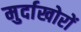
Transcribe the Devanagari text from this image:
मुर्दाखोरों